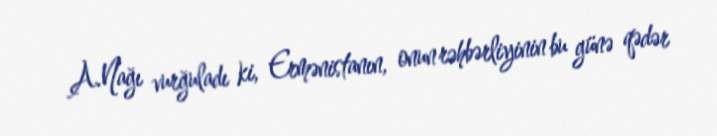
A.Nağı vurğuladı ki, Ermənistanın, onun rəhbərliyinin bu günə qədər